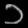
Digit: ၁